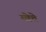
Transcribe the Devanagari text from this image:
य्वेत्ते